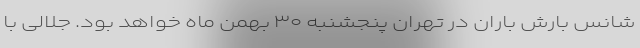
شانس بارشِ باران در تهران پنجشنبه ۳۰ بهمن ماه خواهد بود. جلالی با